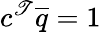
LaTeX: c^{\mathscr{T}}\overline{{{q}}}=1